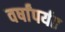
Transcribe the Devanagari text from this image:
वर्षांपर्यत